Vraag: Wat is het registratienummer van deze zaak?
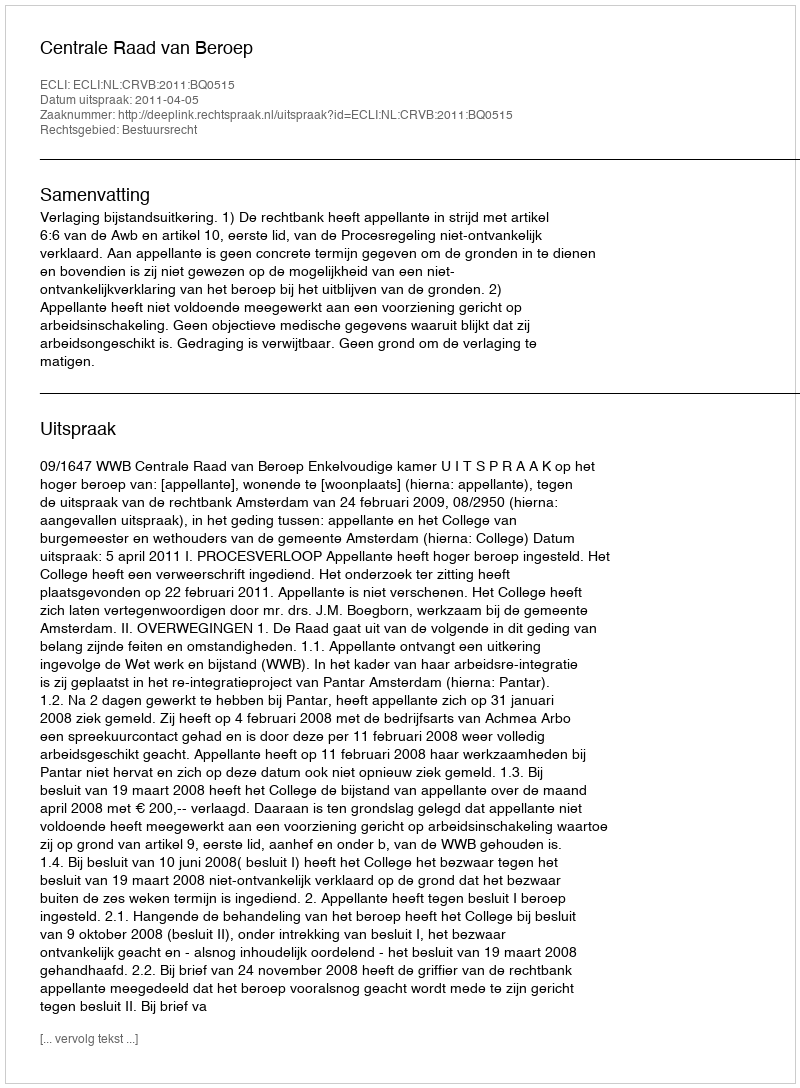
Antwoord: http://deeplink.rechtspraak.nl/uitspraak?id=ECLI:NL:CRVB:2011:BQ0515